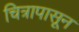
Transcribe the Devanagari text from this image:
चित्रापासून